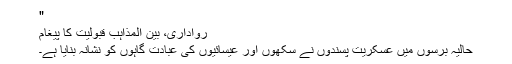
"
رواداری، بین المذاہب قبولیت کا پیغام
حالیہ برسوں میں عسکریت پسندوں نے سکھوں اور عیسائیوں کی عبادت گاہوں کو نشانہ بنایا ہے۔